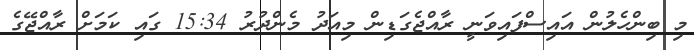
މި ބިންހެލުން އައިސްފައިވަނީ ރާއްޖެގަޑިން މިއަދު މެންދުރު 15:34 ގައި ކަމަށް ރާއްޖޭގެ